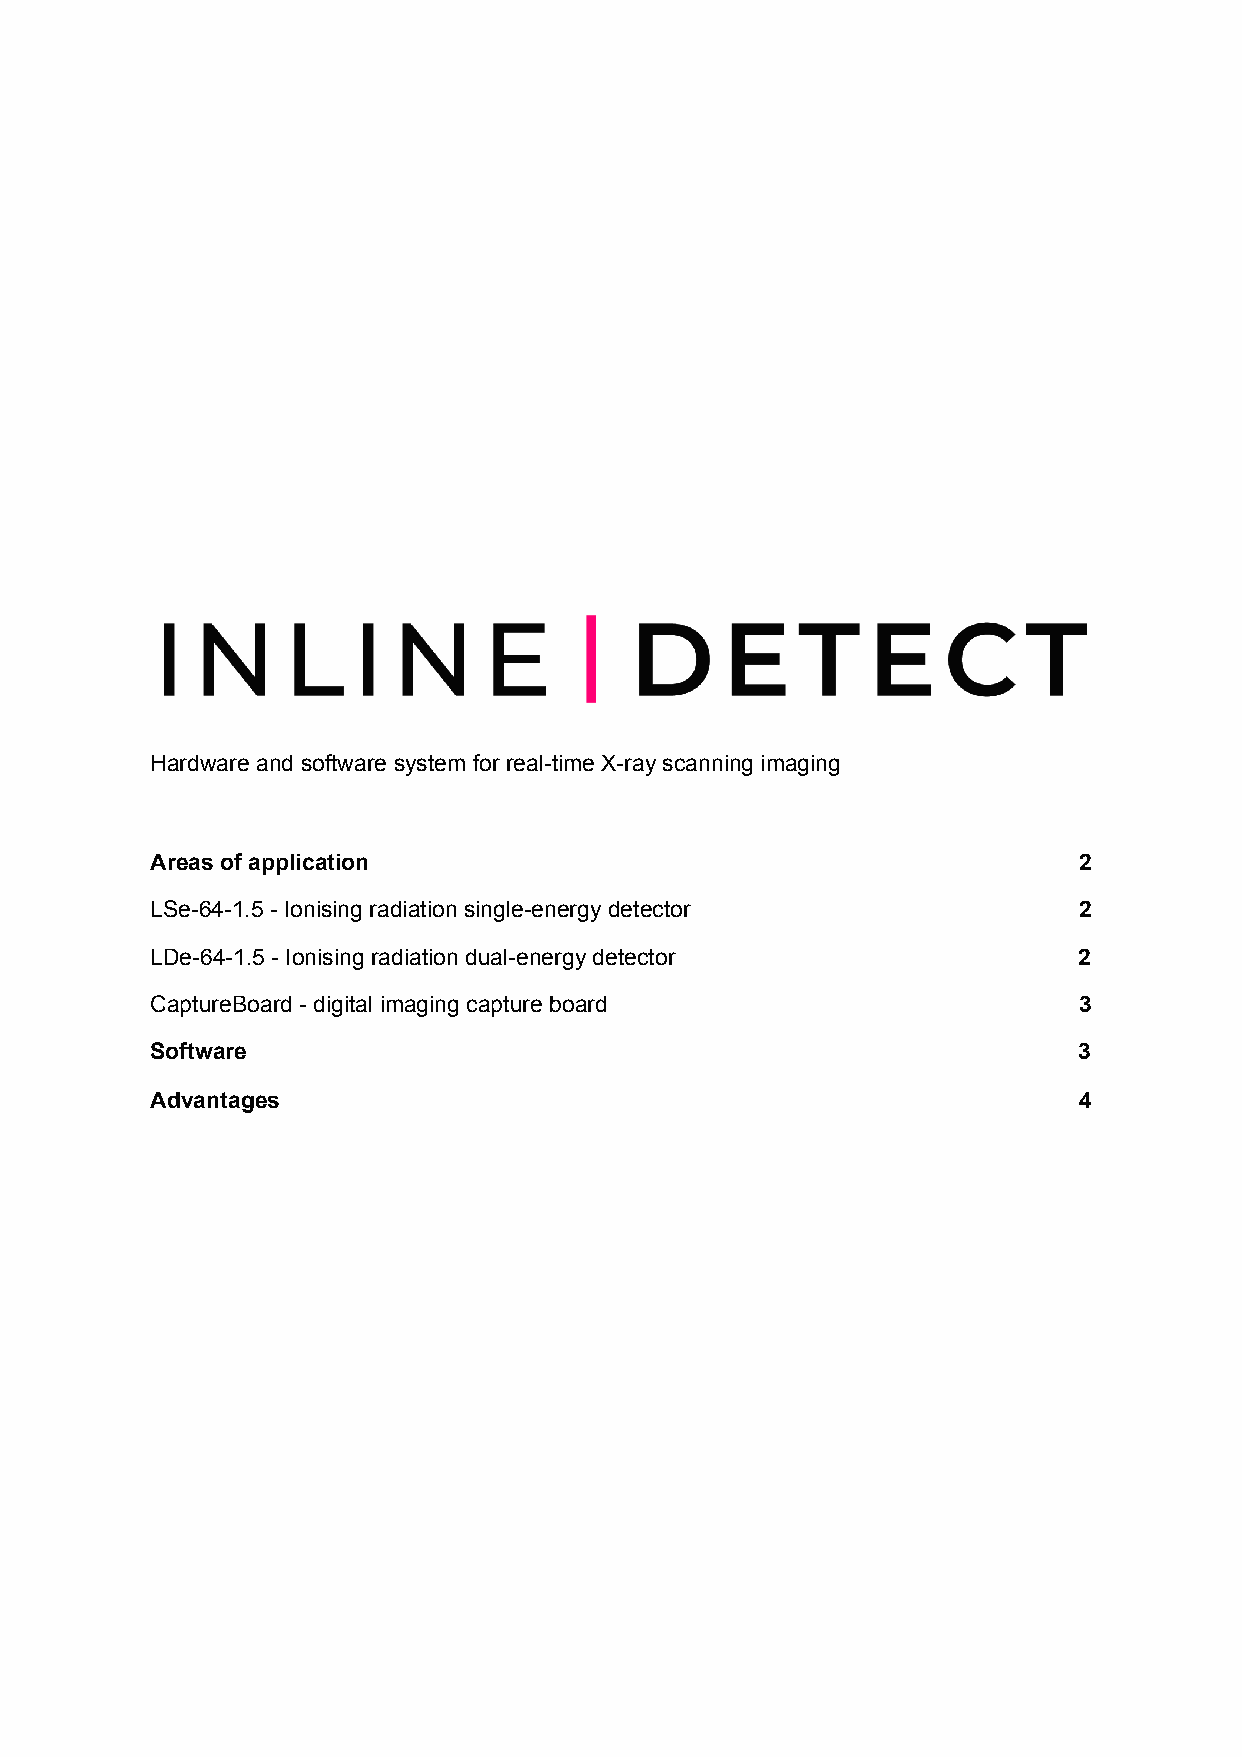
Hardware and software system for real-time X-ray scanning imaging
 Areas of application                                         2
 LSe-64-1.5 -​ Ionising radiation single-energy detector      2
 LDe-64-1.5 - ​Ionising radiation dual-energy detector        2
 CaptureBoard - ​digital imaging capture board                3
 Software                                                     3
 Advantages                                                   4